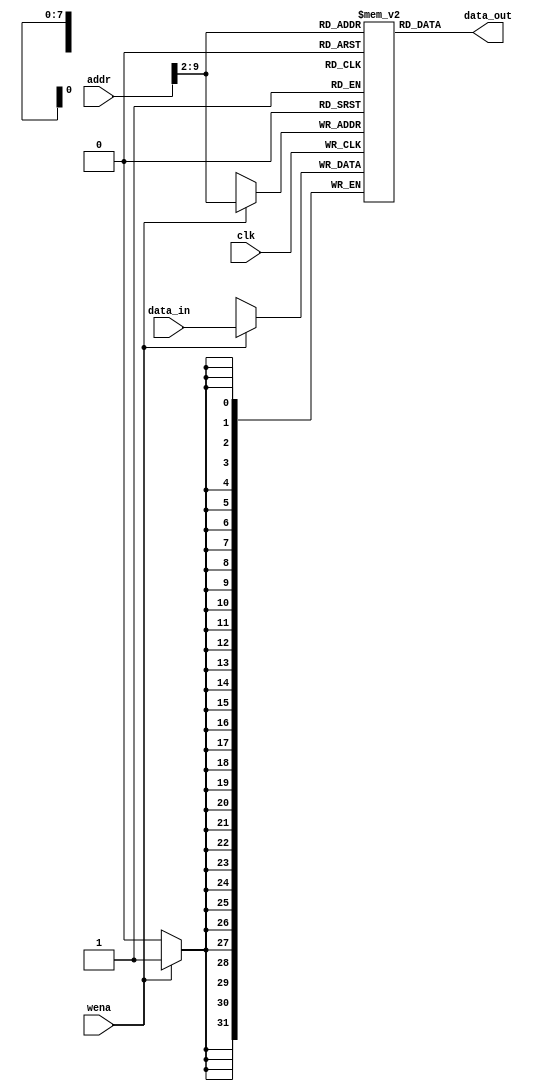
`timescale 1ns/1ps

module memory (input [31:0] addr, input [31:0] data_in, input wena, input clk,
    output reg [31:0] data_out);

    // 32-bit address
    // Due to the limit of Vivado synthesis, only offer a 1KB memory (8-bit address) by word
    reg [31:0] mem [255:0];
    wire [7:0] addr8 = addr[9:2];

    // Data memory
    // Stack Pointer ($sp) initializes at 10'd1020 (0x3FC)

    // Instruction memory
    // Instruction address begins at 10'd0 (0x000)
    initial begin
        mem[0]  <= 32'b001101_00000_11101_0000001111111100; //	0	initialization:	ori $sp, $zero, 0x3FC		ori $29, $0, 0x3FC
        mem[1]  <= 32'b001101_00000_10001_0000000000000100; //	4		ori $s1, $zero, 0x4
        mem[2]  <= 32'b000000_00000_10001_10010_00001_000010; //	8		srl $s2, $s1, 0x1
        mem[3]  <= 32'b000000_10001_10010_10011_00000_100100; //	C		and $s3, $s1, $s2
        mem[4]  <= 32'b000000_10001_10010_10100_00000_100000; //	10		add $s4, $s1, $s2
        mem[5]  <= 32'b001110_00000_10101_0000000000000001; //	14		xori $s5, $zero, 0x1		xori $21, $0, 0x1
        mem[6]  <= 32'b001101_00000_10000_0000000000000101; //	main:	18	ori $s0, $zero, 0x5	#int n = 5;	ori $16, $0, 0x5
        mem[7]  <= 32'b000000_00000_10000_01101_00010_000000; //		1C	sll $t5, $s0, 0x2	#t5 = 4*n	sll $13, $16, 0x2
        mem[8]  <= 32'b000000_11101_01101_11101_00000_100010; //		20	sub $sp, $sp, $t5	#int arr[n];	sub $29, $29, $13
        mem[9]  <= 32'b001000_11101_11101_0000000000000100; //		24	addi $sp, $sp, 0x4	#locate arr[0]	addi $29, $29, 0x4
        mem[10] <= 32'b101011_11101_10001_0000000000000000; //		28	sw  $s1, 0($sp)	#arr[0] = s1;	sw $17, 0, $29
        mem[11] <= 32'b001000_11101_11101_0000000000000100; //		2C	addi $sp, $sp, 0x4	#locate arr[1]	addi $29, $29, 0x4
        mem[12] <= 32'b101011_11101_10010_0000000000000000; //		30	sw  $s2, 0($sp)	#arr[1] = s2;	sw $18, 0, $29
        mem[13] <= 32'b001000_11101_11101_0000000000000100; //		34	addi $sp, $sp, 0x4	#locate arr[2]	addi $29, $29, 0x4
        mem[14] <= 32'b101011_11101_10011_0000000000000000; //		38	sw  $s3, 0($sp)	#arr[2] = s3;	sw $19, 0, $29
        mem[15] <= 32'b001000_11101_11101_0000000000000100; //		3C	addi $sp, $sp, 0x4	#locate arr[3]	addi $29, $29, 0x4
        mem[16] <= 32'b101011_11101_10100_0000000000000000; //		40	sw  $s4, 0($sp)	#arr[3] = s4;	sw $20, 0, $29
        mem[17] <= 32'b001000_11101_11101_0000000000000100; //		44	addi $sp, $sp, 0x4	#locate arr[4]	addi $29, $29, 0x4
        mem[18] <= 32'b101011_11101_10101_0000000000000000; //		48	sw  $s5, 0($sp)	#arr[4] = s5;	sw $21, 0, $29
        mem[19] <= 32'b000000_10000_00000_00100_00000_100101; //		4C	or  $a0, $s0, $zero	#a0 = n	or $4, $16, $0
        mem[20] <= 32'b000011_00000000000000000000010110; //		50	jal BubbleSort	#BubbleSort(n,arr);	jal BubbleSort
        mem[21] <= 32'b000010_00000000000000000000111110; //		54	j   endprogram	#return 0;	j endprogram
        mem[22] <= 32'b000000_00100_00000_01111_00000_100110; //	BubbleSort:	58	xor $t7, $a0, $zero	#t7 = n; XOR is the same as OR	xor $15, $4, $0
        mem[23] <= 32'b000000_00000_00100_01101_00010_000000; //		5C	sll $t5, $a0, 0x2	#t5 = 4*n	sll $13, $4, 0x2
        mem[24] <= 32'b001101_00000_01000_0000000000000000; //		60	ori $t0, $zero, 0x0	#int i = 0;	ori $8, $0, 0x0
        mem[25] <= 32'b001101_00000_01110_0000000000000001; //		64	ori $t6, $zero, 0x1	#t6 = 1	ori $14, $0, 0x1
        mem[26] <= 32'b000000_01111_01110_01001_00000_100010; //		68	sub $t1, $t7, $t6	#t1 = n-1	sub $9, $15, $14
        mem[27] <= 32'b000000_11101_01101_11101_00000_100010; //		6C	sub $sp, $sp, $t5	#initialize stack, locate arr[-1]	sub $29, $29, $13
        mem[28] <= 32'b001000_11101_11101_0000000000000100; //		70	addi $sp, $sp, 0x4	#locate arr[0]	addi $29, $29, 0x4
        mem[29] <= 32'b000000_01000_01001_01110_00000_100010; //	outerloop:	74	sub $t6, $t0, $t1		sub $14, $8, $9
        mem[30] <= 32'b000100_01110_00000_0000000000010010; //		78	beq $t6, $zero, endouter	#i < n-1;	beq $14, $0, endouter
        mem[31] <= 32'b001101_00000_01010_0000000000000000; //		7C	ori $t2, $zero, 0x0	#int k = 0;	ori $10, $0, 0x0
        mem[32] <= 32'b000000_01001_01000_01011_00000_100010; //		80	sub $t3, $t1, $t0	#t3 = n-1-i	sub $11, $9, $8
        mem[33] <= 32'b000000_01010_01011_01110_00000_100010; //	innerloop:	84	sub $t6, $t2, $t3		sub $14, $10, $11
        mem[34] <= 32'b000100_01110_00000_0000000000001010; //		88	beq $t6, $zero, endinner	#k < n-i-1;	beq $14, $0, endinner
        mem[35] <= 32'b100011_11101_11000_0000000000000000; //		8C	lw  $t8, 0($sp)	#t8 = arr[k]	lw $24, 0, $29
        mem[36] <= 32'b100011_11101_11001_0000000000000100; //		90	lw  $t9, 4($sp)	#t9 = arr[k+1]	lw $25, 4, $29
        mem[37] <= 32'b000000_11000_11001_01110_00000_100010; //		94	sub $t6, $t8, $t9		sub $14, $24, $25
        mem[38] <= 32'b000000_00000_01110_01110_11111_000011; //		98	sra $t6, $t6, 0x1F	#fetch the sign bit	sra $14, $14, 0x1F
        mem[39] <= 32'b000100_01110_00000_0000000000000010; //		9C	beq $t6, $zero, nochange	#if(arr[k] > arr[k+1])	beq $14, $0, nochange
        mem[40] <= 32'b101011_11101_11000_0000000000000100; //		A0	sw  $t8, 4($sp)		sw $24, 4, $29
        mem[41] <= 32'b101011_11101_11001_0000000000000000; //		A4	sw  $t9, 0($sp)	#swap(arr[k], arr[k+1]);	sw $25, 0, $29
        mem[42] <= 32'b001000_01010_01010_0000000000000001; //	nochange:	A8	addi $t2, $t2, 0x1	#k++;	addi $10, $10, 0x1
        mem[43] <= 32'b001000_11101_11101_0000000000000100; //		AC	addi $sp, $sp, 0x4	#locate arr[k]	addi $29, $29, 0x4
        mem[44] <= 32'b000010_00000000000000000000100001; //		B0	j innerloop		j innerloop
        mem[45] <= 32'b000000_00000_01011_01100_00010_000000; //	endinner:	B4	sll $t4, $t3, 0x2		sll $12, $11, 0x2
        mem[46] <= 32'b000000_11101_01100_11101_00000_100010; //		B8	sub $sp, $sp, $t4	#locate arr[0]	sub $29, $29, $12
        mem[47] <= 32'b001000_01000_01000_0000000000000001; //		BC	addi $t0, $t0, 0x1	#i++;	addi $8, $8, 0x1
        mem[48] <= 32'b000010_00000000000000000000011101; //		C0	j outerloop		j outerloop
        mem[49] <= 32'b001101_00000_01110_0000000000000100; //	endouter:	C4	ori $t6, $zero, 0x4	#t6 = 4	ori $14, $0, 0x4
        mem[50] <= 32'b000000_11101_01110_11101_00000_100010; //		C8	sub $sp, $sp, $t6	#locate arr[-1]	sub $29, $29, $14
        mem[51] <= 32'b001000_11101_11101_0000000000000100; //		CC	addi $sp, $sp, 0x4	#locate arr[0]	addi $29, $29, 0x4
        mem[52] <= 32'b100011_11101_10001_0000000000000000; //		D0	lw  $s1, 0($sp)	#s1 = arr[0];	lw $17, 0, $29
        mem[53] <= 32'b001000_11101_11101_0000000000000100; //		D4	addi $sp, $sp, 0x4	#locate arr[1]	addi $29, $29, 0x4
        mem[54] <= 32'b100011_11101_10010_0000000000000000; //		D8	lw  $s2, 0($sp)	#s2 = arr[1];	lw $18, 0, $29
        mem[55] <= 32'b001000_11101_11101_0000000000000100; //		DC	addi $sp, $sp, 0x4	#locate arr[2]	addi $29, $29, 0x4
        mem[56] <= 32'b100011_11101_10011_0000000000000000; //		E0	lw  $s3, 0($sp)	#s3 = arr[2];	lw $19, 0, $29
        mem[57] <= 32'b001000_11101_11101_0000000000000100; //		E4	addi $sp, $sp, 0x4	#locate arr[3]	addi $29, $29, 0x4
        mem[58] <= 32'b100011_11101_10100_0000000000000000; //		E8	lw  $s4, 0($sp)	#s4 = arr[3];	lw $20, 0, $29
        mem[59] <= 32'b001000_11101_11101_0000000000000100; //		EC	addi $sp, $sp, 0x4	#locate arr[4]	addi $29, $29, 0x4
        mem[60] <= 32'b100011_11101_10101_0000000000000000; //		F0	lw  $s5, 0($sp)	#s5 = arr[4];	lw $21, 0, $29
        mem[61] <= 32'b000000_11111_00000_00000_00000_001000; //	endprint:	F4	jr $ra		jr $31
        mem[62] <= 32'b001111_00000_10110_1111111111111111; //	F8	endprogram:	lui $s6, 0xFFFF	#End of bubble sort; lui test	lui $22, 0xFFFF
        mem[63] <= 32'b001100_10110_10110_0000000011001100; //	FC		andi $s6, $s6, 0xCC	#andi test	andi $22, $22, 0xCC
        mem[64] <= 32'b000101_10110_11101_0000000000001100; //	100		bne $s6, $sp, endtest	#bne test	bne $22, $29, 0xC

    end

    // Data Write
    always @(posedge clk) begin
        if (wena) begin
            mem[addr8] <= data_in;
        end
    end

    always @(*) begin
        // Data Read
        data_out <= mem[addr8];
    end

endmodule